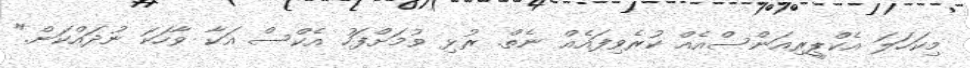
މިކަހަލަ އެކްޕީރިއަންސްއެއް ކުރެވިފައެއް ނެތް. ރުޅި ވުމަށްފަހު އެކްސް އަކާ ވާހަކަ ނުދައްކަން."